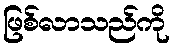
ဖြစ်လာသည်ကို